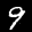
Label: 9